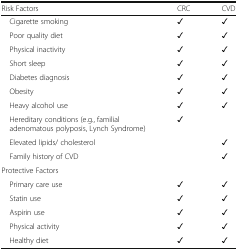
<table><thead><tr><td><b>Risk Factors</b></td><td><b>CRC</b></td><td><b>CVD</b></td></tr></thead><tbody><tr><td> Cigarette smoking</td><td>✓</td><td>✓</td></tr><tr><td> Poor quality diet</td><td>✓</td><td>✓</td></tr><tr><td> Physical inactivity</td><td>✓</td><td>✓</td></tr><tr><td> Short sleep</td><td>✓</td><td>✓</td></tr><tr><td> Diabetes diagnosis</td><td>✓</td><td>✓</td></tr><tr><td> Obesity</td><td>✓</td><td>✓</td></tr><tr><td> Heavy alcohol use</td><td>✓</td><td>✓</td></tr><tr><td> Hereditary conditions (e.g., familial adenomatous polyposis, Lynch Syndrome)</td><td>✓</td><td></td></tr><tr><td> Elevated lipids/ cholesterol</td><td></td><td>✓</td></tr><tr><td> Family history of CVD</td><td></td><td>✓</td></tr><tr><td colspan="3">Protective Factors</td></tr><tr><td> Primary care use</td><td>✓</td><td>✓</td></tr><tr><td> Statin use</td><td>✓</td><td>✓</td></tr><tr><td> Aspirin use</td><td>✓</td><td>✓</td></tr><tr><td> Physical activity</td><td>✓</td><td>✓</td></tr><tr><td> Healthy diet</td><td>✓</td><td>✓</td></tr></tbody></table>